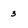
Character: 3